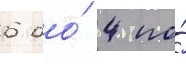
6 до́ 4 по́